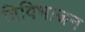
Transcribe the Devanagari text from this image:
त्रिविभाजन